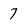
Character: 7